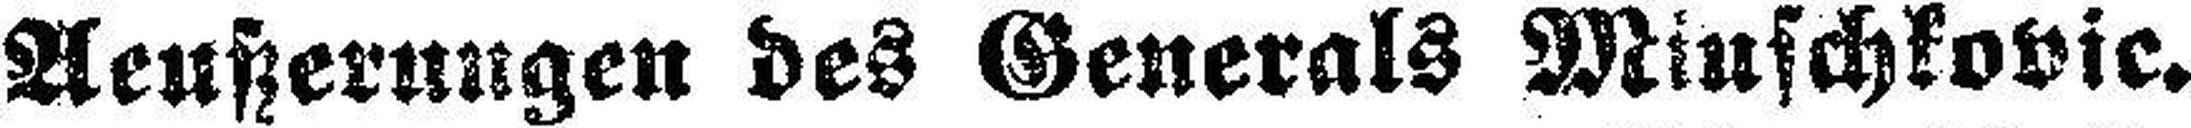
Aeußerungen des Generals Miuschkovic.